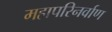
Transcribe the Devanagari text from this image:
महापरिनर्वाण